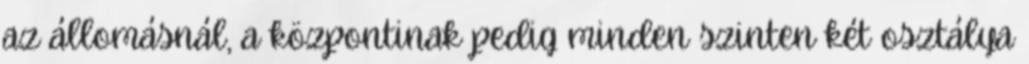
az állomásnál, a központinak pedig minden szinten két osztálya